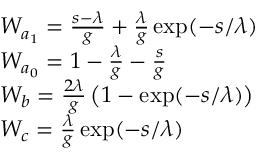
\begin{array} { r l } & { W _ { a _ { 1 } } = \frac { s - \lambda } { g } + \frac { \lambda } { g } \exp ( - s / \lambda ) } \\ & { W _ { a _ { 0 } } = 1 - \frac { \lambda } { g } - \frac { s } { g } } \\ & { W _ { b } = \frac { 2 \lambda } { g } \left( 1 - \exp ( - s / \lambda ) \right) } \\ & { W _ { c } = \frac { \lambda } { g } \exp ( - s / \lambda ) } \end{array}